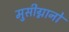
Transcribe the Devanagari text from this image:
मुसीग्नानो